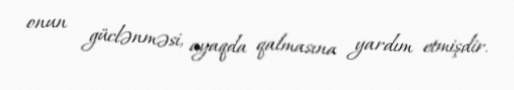
onun güclənməsi, ayaqda qalmasına yardım etmişdir.